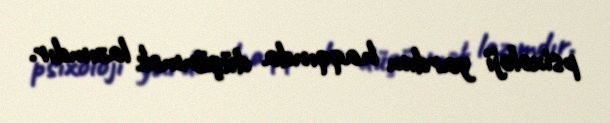
psixoloji yardım haqqında düşünmək lazımdır.